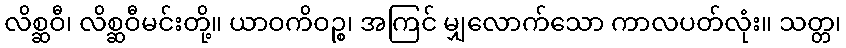
လိစ္ဆဝီ၊ လိစ္ဆဝီမင်းတို့။ ယာဝကိဝဉ္စ၊ အကြင် မျှလောက်သော ကာလပတ်လုံး။ သတ္တ၊